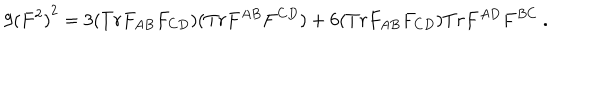
LaTeX: 9 { ( F ^ { 2 } ) } ^ { 2 } = 3 ( T r F _ { A B } F _ { C D } ) ( T r F ^ { A B } F ^ { C D } ) + 6 ( T r F _ { A B } F _ { C D } ) T r F ^ { A D } F ^ { B C } \ .